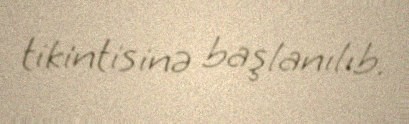
tikintisinə başlanılıb.